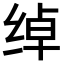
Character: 绰